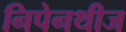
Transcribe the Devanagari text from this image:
निपेनथीज